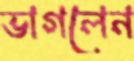
ভাগলেন